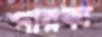
পারক্য